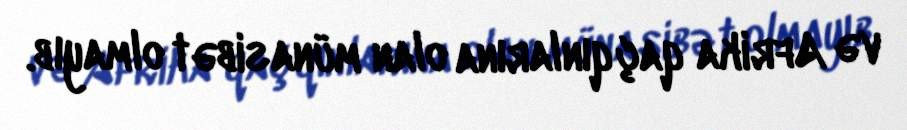
və Afrika qaçqınlarına olan münasibət olmayıb.